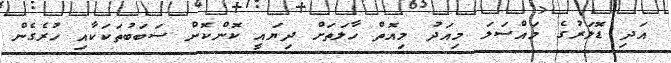
އަދި ޑޮލަރުގެ މައްސަލަ މިއަދު މިއޮތް ހާލަތަށް ދިޔައީ ކޮންކޮން ސަބަބުތަކަކާއި ހުރެގެން